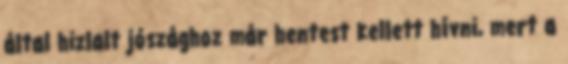
által hizlalt jószághoz már hentest kellett hívni, mert a